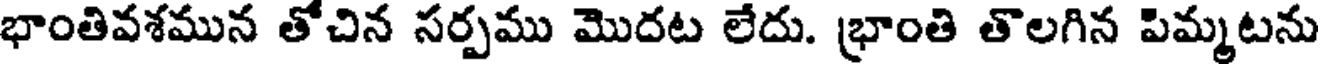
భాంతివశమున తోచిన సర్పము మొదట లేదు. భ్రాంతి తొలగిన పిమ్మటను